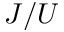
J / U